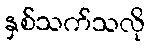
နှစ်သက်သလို